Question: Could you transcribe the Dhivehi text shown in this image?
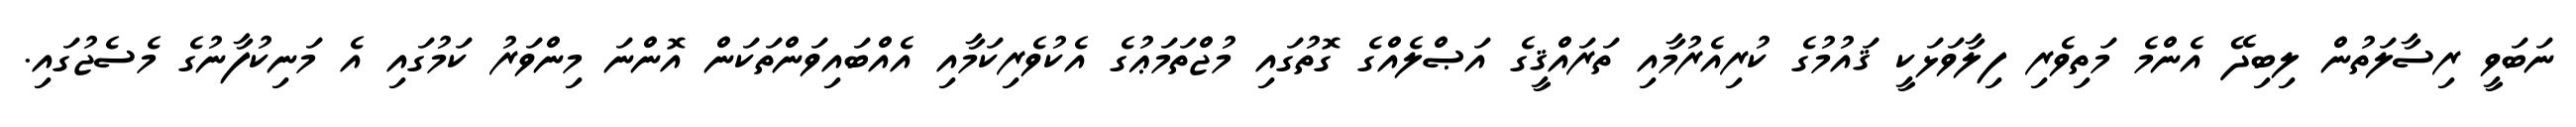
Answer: ނަބަވީ ރިސާލަތުން ލިބިދޭ އެންމެ މަތިވެރި ފިލާވަޅަކީ ޤައުމުގެ ކުރިއެރުމާއި ތަރައްޤީގެ އަޞްލެއްގެ ގޮތުގައި މުޖްތަމަޢުގެ އެކުވެރިކަމާއި އެއްބައިވަންތަކަން އޮންނަ މިންވަރު ކަމުގައި އެ މަނިކުފާނުގެ މެސެޖުގައި.